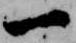
一